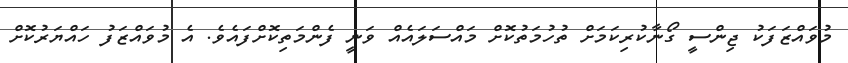
މުވައްޒަފަކު ޖިންސީ ގޯނާކުރިކަމަށް ތުހުމަތުކޮށް މައްސަލައެއް ވަނީ ފެންމަތިކޮށްފައެވެ. އެ މުވައްޒަފު ހައްޔަރުކޮށް